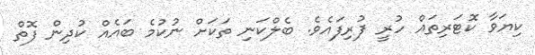
ކިޔަވާ ކޮޓަރިތައް ހުރީ ފުރިފައެވެ. ބެލްކަނި ތަކަށް ނުކުމެ ބައެއް ކުދިން ފޮތް